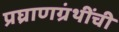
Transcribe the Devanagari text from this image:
प्रघ्राणग्रंथींची